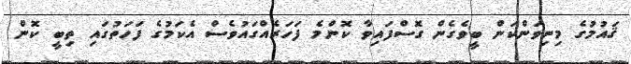
ޤައުމުގެ މިނިވަންކަން ބީވެގެން ގޮސްފައިވާ ކޮންމެ ފަހަރެއްގައުވެސް އެކަމުގެ ފަހަތުގައި ތިބީ ކޮން